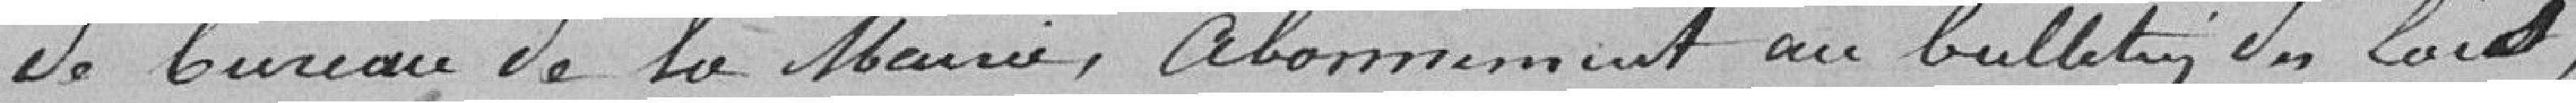
De bureau de la mairie, abonnement au bulletin des lois